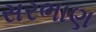
સરભાણ